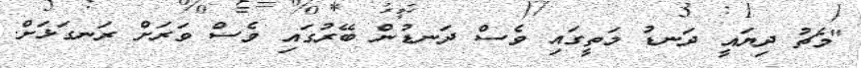
"މެޗު ދިޔައީ ދަނޑު މަތީގައި ވެސް ދަނޑުން ބޭރުގައި ވެސް ވަރަށް ރަނގަޅަށް.